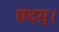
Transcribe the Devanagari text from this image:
छंदस्।